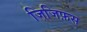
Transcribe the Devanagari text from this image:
जिजिफ़स